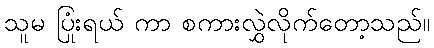
သူမ ပြုံးရယ် ကာ စကားလွှဲလိုက်တော့သည်။